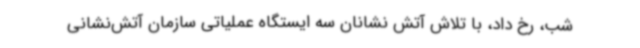
شب، رخ داد، با تلاش آتش نشانان سه ایستگاه عملیاتی سازمان آتش‌نشانی